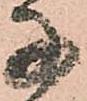
子